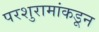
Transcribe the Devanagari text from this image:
परशुरामांकडून